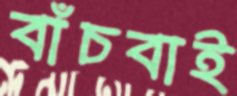
বাঁচবাই